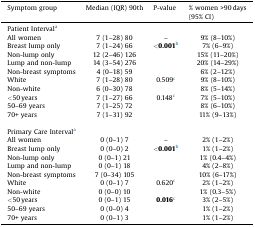
| Symptom group | Median (IQR) 90th | P-value | % women >90 days(95% CI) |
 | --- | --- | --- | --- |
 | <COLSPAN=4> Patient Intervala |
 | All women | 7 (1–28) 80 | – | 9% (8–10%) |
 | Breast lump only | 7 (1–24) 66 | <0.001b | 7% (6–9%) |
 | Non-lump only | 12 (2–46) 126 |  | 15% (11–20%) |
 | Lump and non-lump | 14 (3–54) 276 |  | 20% (14–29%) |
 | Non-breast symptoms | 4 (0–18) 59 |  | 6% (2–12%) |
 | White | 7 (1–28) 80 | 0.509c | 9% (8–10%) |
 | Non-white | 6 (0–30) 78 |  | 8% (5–14%) |
 | <50 years | 7 (1–27) 66 | 0.148c | 7% (5–10%) |
 | 50–69 years | 7 (1–25) 72 |  | 8% (6–10%) |
 | 70+ years | 7 (1–31) 92 |  | 11% (9–13%) |
 | <COLSPAN=4>  |
 | <COLSPAN=4> Primary Care Intervala |
 | All women | 0 (0–1) 7 | – | 2% (1–2%) |
 | Breast lump only | 0 (0–0) 2 | <0.001b | 1% (1–2%) |
 | Non-lump only | 0 (0–1) 21 |  | 1% (0.4–4%) |
 | Lump and non-lump | 0 (0–1) 18 |  | 4% (2–8%) |
 | Non-breast symptoms | 7 (0–34) 105 |  | 10% (6–17%) |
 | White | 0 (0–1) 7 | 0.620c | 2% (1–2%) |
 | Non-white | 0 (0–0) 10 |  | 1% (0.3–5%) |
 | <50 years | 0 (0–1) 15 | 0.016c | 3% (2–5%) |
 | 50–69 years | 0 (0–0) 4 |  | 1% (1–2%) |
 | 70+ years | 0 (0–1) 3 |  | 1% (1–2%) |